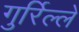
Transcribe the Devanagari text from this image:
गुर्रिल्ले